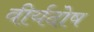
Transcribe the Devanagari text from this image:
वीर्यदोष